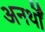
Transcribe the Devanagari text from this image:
अनर्थों